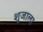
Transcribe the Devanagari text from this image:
शुजाला